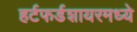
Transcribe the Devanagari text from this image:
हर्टफर्डशायरमध्ये